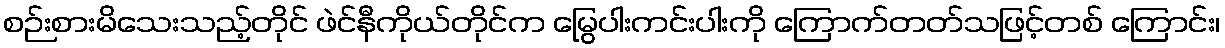
စဉ်းစားမိသေးသည့်တိုင် ဖဲင်နီကိုယ်တိုင်က မြွေပါးကင်းပါးကို ကြောက်တတ်သဖြင့်တစ် ကြောင်း၊